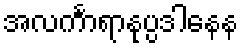
အလင်္ကာရာနုပ္ပဒါနေန